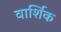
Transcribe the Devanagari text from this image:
वार्शिक